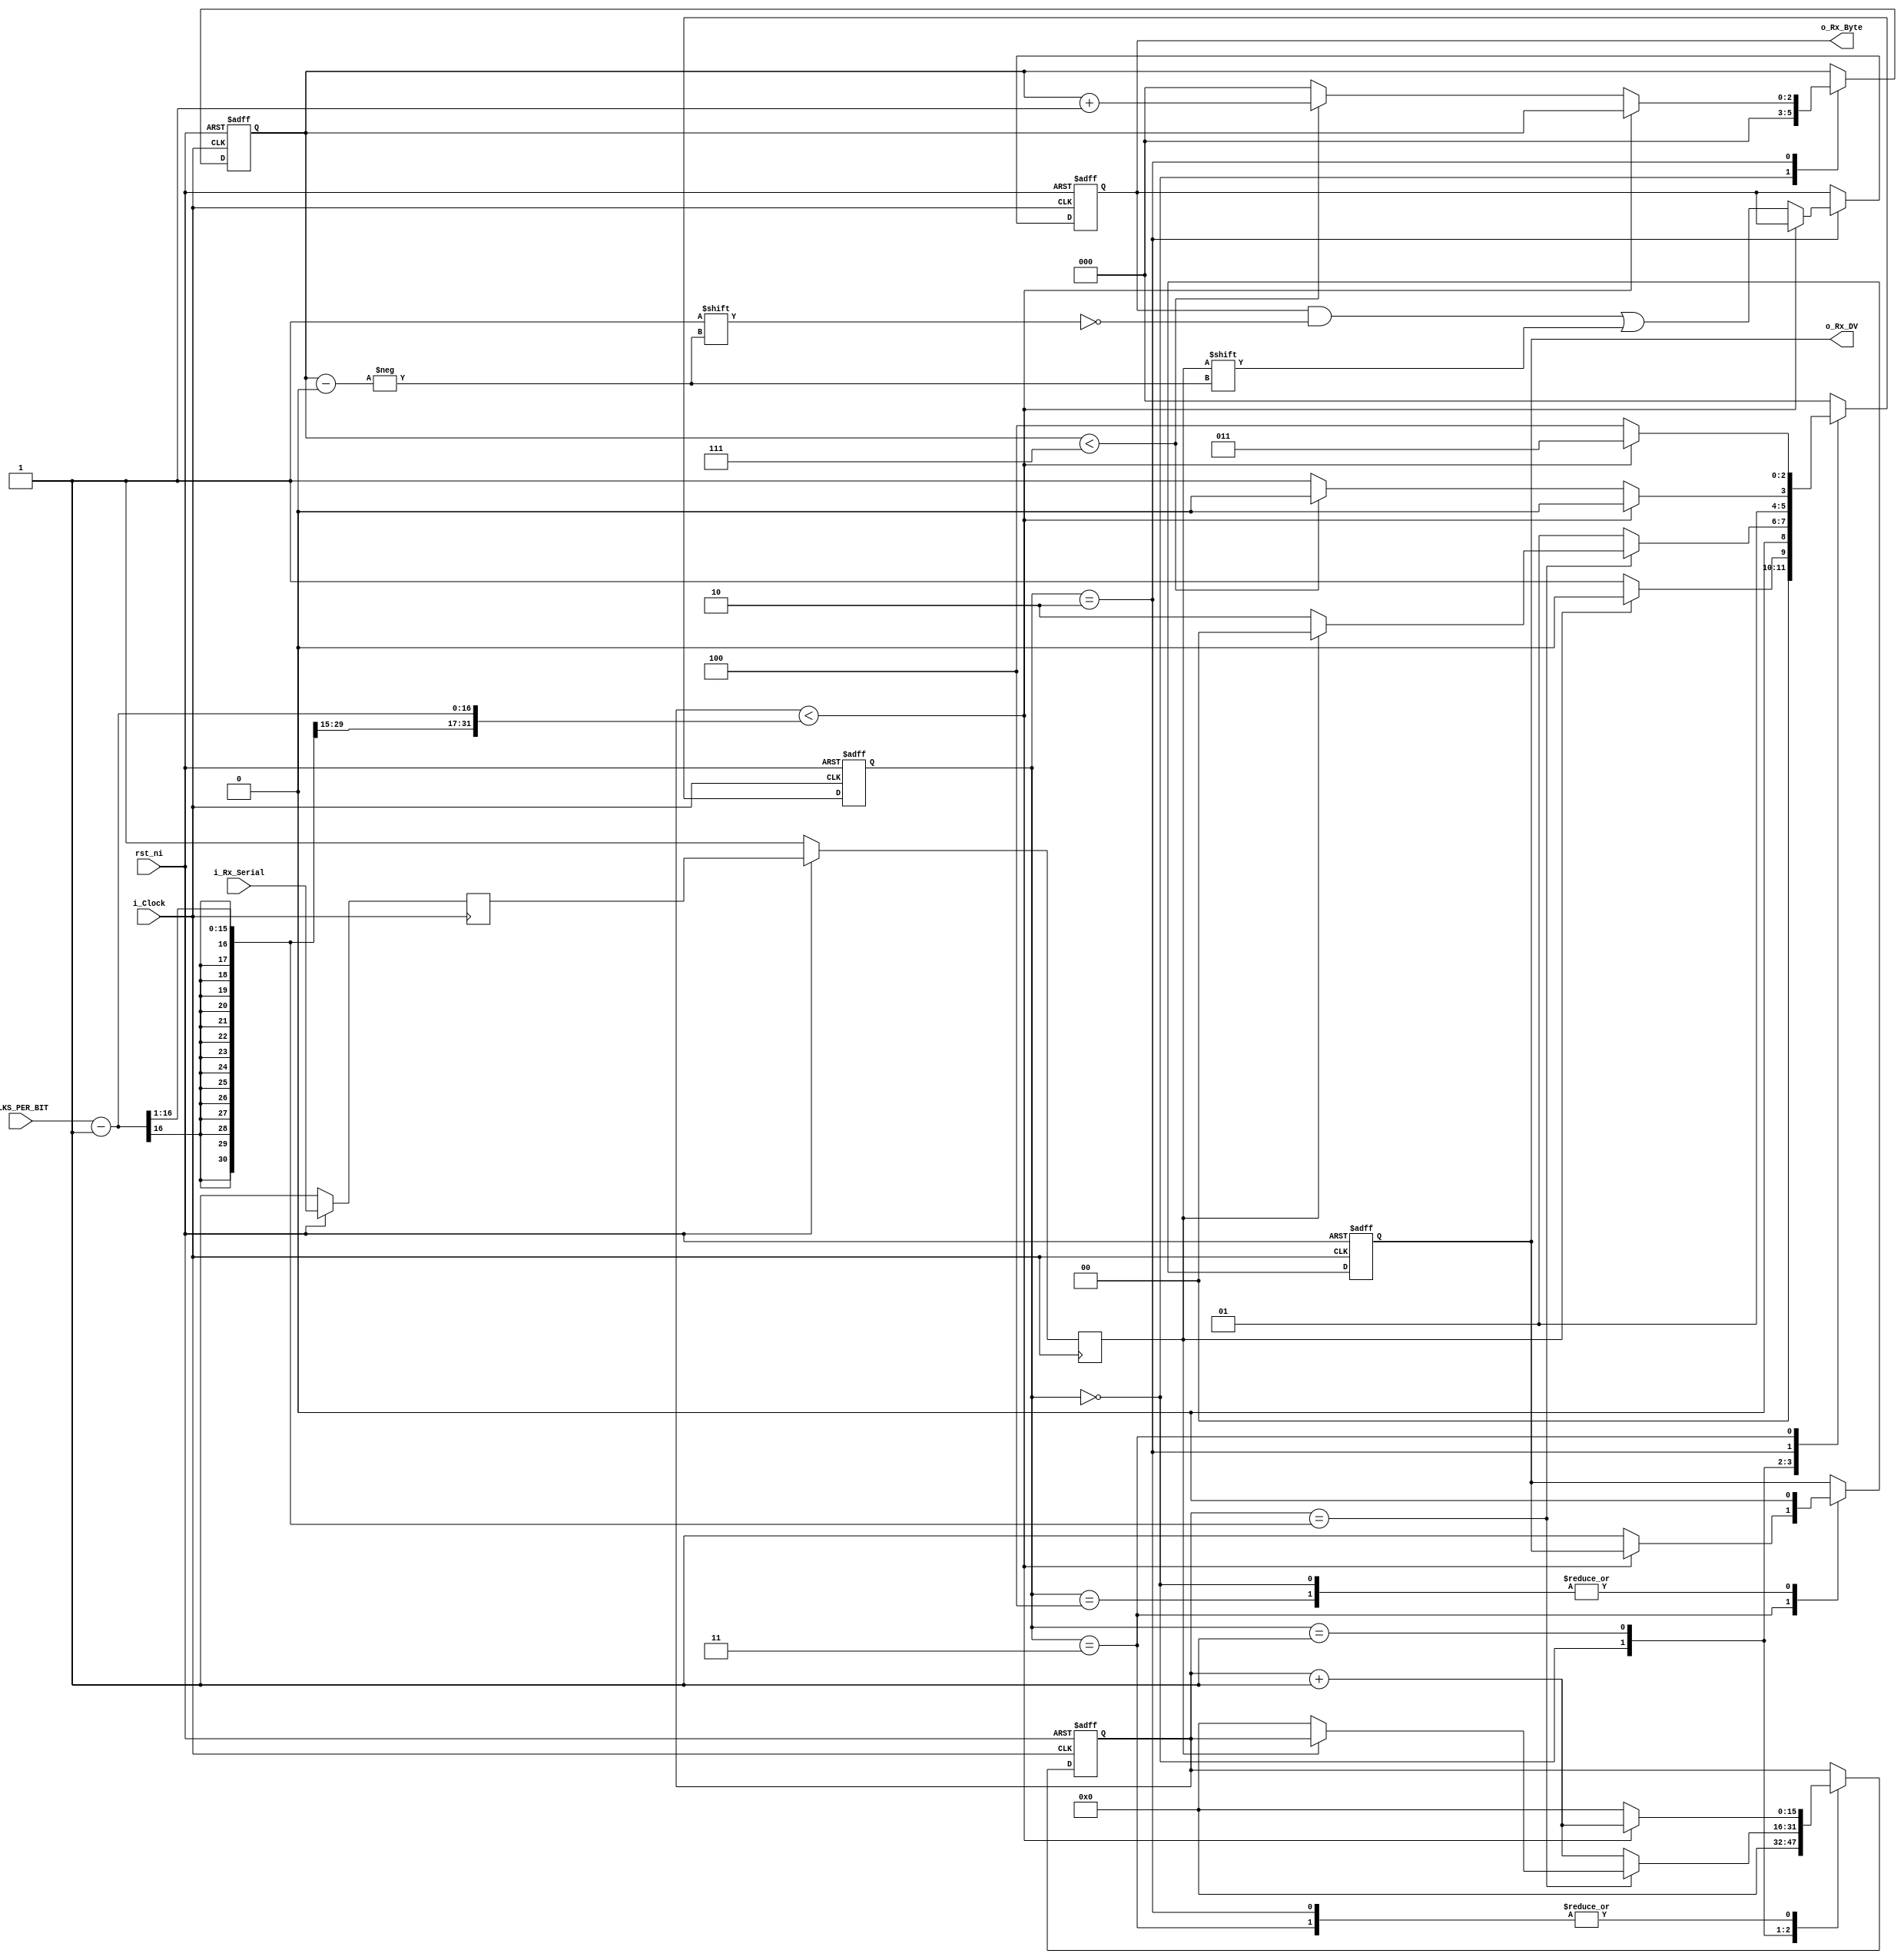
// Licensed under the Apache License, Version 2.0, see LICENSE for details.
// SPDX-License-Identifier: Apache-2.0
  
module eb1_uart_rx_prog (
   input         i_Clock,
   input         rst_ni,
   input         i_Rx_Serial,
   input  [15:0] CLKS_PER_BIT,
   output        o_Rx_DV,
   output  [7:0] o_Rx_Byte
   );
    
  parameter s_IDLE         = 3'b000;
  parameter s_RX_START_BIT = 3'b001;
  parameter s_RX_DATA_BITS = 3'b010;
  parameter s_RX_STOP_BIT  = 3'b011;
  parameter s_CLEANUP      = 3'b100;
   
  reg           r_Rx_Data_R;
  reg           r_Rx_Data;
   
  reg [15:0]     r_Clock_Count;
  reg [2:0]     r_Bit_Index; //8 bits total
  reg [7:0]     r_Rx_Byte;
  reg           r_Rx_DV;
  reg [2:0]     r_SM_Main;
   
  // Purpose: Double-register the incoming data.
  // This allows it to be used in the UART RX Clock Domain.
  // (It removes problems caused by metastability)
  always @(posedge i_Clock)
    if(rst_ni == 1'b0) begin
    	r_Rx_Data_R <= 1'b1;
    	r_Rx_Data   <= 1'b1;
    end
    else begin
      r_Rx_Data_R <= i_Rx_Serial;
      r_Rx_Data   <= r_Rx_Data_R;
    end
   
   
  // Purpose: Control RX state machine
  always @(posedge i_Clock or negedge rst_ni)
    begin
      if (rst_ni == 1'b0) begin
        r_SM_Main <= s_IDLE;
        r_Rx_DV       <= 1'b0;
        r_Clock_Count <= 16'h0000;
        r_Bit_Index   <= 3'b000;
        r_Rx_Byte     <= 8'h00;
      end else begin       
      case (r_SM_Main)
        s_IDLE :
          begin
            r_Rx_DV       <= 1'b0;
            r_Clock_Count <= 16'h0000;
            r_Bit_Index   <= 3'b000;
             
            if (r_Rx_Data == 1'b0)          // Start bit detected
              r_SM_Main <= s_RX_START_BIT;
            else
              r_SM_Main <= s_IDLE;
          end
         
        // Check middle of start bit to make sure it's still low
        s_RX_START_BIT :
          begin
            if (r_Clock_Count == ((CLKS_PER_BIT-1)>>1))
              begin
                if (r_Rx_Data == 1'b0)
                  begin
                    r_Clock_Count <= 16'h0000;  // reset counter, found the middle
                    r_SM_Main     <= s_RX_DATA_BITS;
                  end
                else
                  r_SM_Main <= s_IDLE;
              end
            else
              begin
                r_Clock_Count <= r_Clock_Count + 16'd1;
                r_SM_Main     <= s_RX_START_BIT;
              end
          end // case: s_RX_START_BIT
         
         
        // Wait CLKS_PER_BIT-1 clock cycles to sample serial data
        s_RX_DATA_BITS :
          begin
            if (r_Clock_Count < CLKS_PER_BIT-1)
              begin
                r_Clock_Count <= r_Clock_Count + 16'd1;
                r_SM_Main     <= s_RX_DATA_BITS;
              end
            else
              begin
                r_Clock_Count          <= 16'h0000;
                r_Rx_Byte[r_Bit_Index] <= r_Rx_Data;
                 
                // Check if we have received all bits
                if (r_Bit_Index < 7)
                  begin
                    r_Bit_Index <= r_Bit_Index + 3'b001;
                    r_SM_Main   <= s_RX_DATA_BITS;
                  end
                else
                  begin
                    r_Bit_Index <= 3'b000;
                    r_SM_Main   <= s_RX_STOP_BIT;
                  end
              end
          end // case: s_RX_DATA_BITS
     
     
        // Receive Stop bit.  Stop bit = 1
        s_RX_STOP_BIT :
          begin
            // Wait CLKS_PER_BIT-1 clock cycles for Stop bit to finish
            if (r_Clock_Count < CLKS_PER_BIT-1)
              begin
                r_Clock_Count <= r_Clock_Count + 16'd1;
                r_SM_Main     <= s_RX_STOP_BIT;
              end
            else
              begin
                r_Rx_DV       <= 1'b1;
                r_Clock_Count <= 16'h0000;
                r_SM_Main     <= s_CLEANUP;
              end
          end // case: s_RX_STOP_BIT
     
         
        // Stay here 1 clock
        s_CLEANUP :
          begin
            r_SM_Main <= s_IDLE;
            r_Rx_DV   <= 1'b0;
          end
         
         
        default :
          r_SM_Main <= s_IDLE;
         
      endcase
      end
    end   
   
  assign o_Rx_DV   = r_Rx_DV;
  assign o_Rx_Byte = r_Rx_Byte;
   
endmodule // uart_rx